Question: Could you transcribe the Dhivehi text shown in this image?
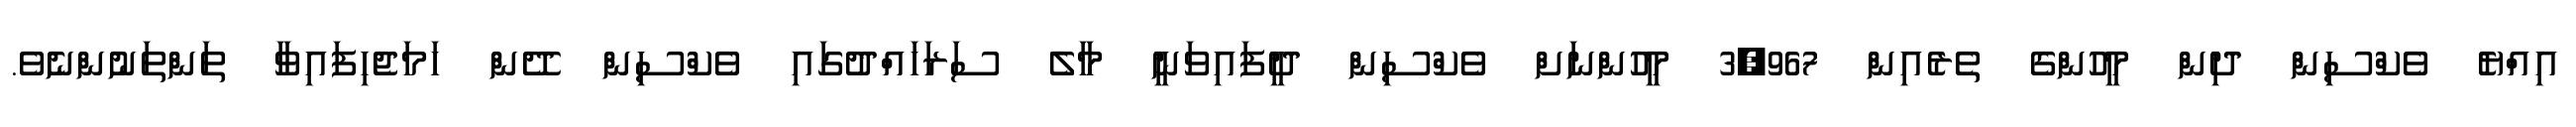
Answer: އިއްޔެ ވެކްސިން ދިން މީހުންގެ ތެރެއިން 3,967 މީހުންނަށް ވެކްސިން ދީފައިވަނީ މާލެ ސަރަހައްދުގައި ވެކްސިން ދޭން ހަމަޖެހިފައިވާ ތަންތަނުންނެވެ.